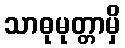
သာဓုမုတ္တာမှိ